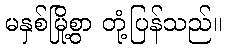
မနှစ်မြို့စွာ တုံ့ပြန်သည်။